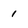
Character: 1